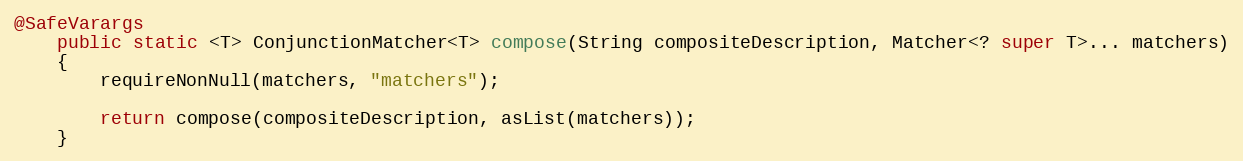
Language: Java
@SafeVarargs
	public static <T> ConjunctionMatcher<T> compose(String compositeDescription, Matcher<? super T>... matchers)
	{
		requireNonNull(matchers, "matchers");

		return compose(compositeDescription, asList(matchers));
	}